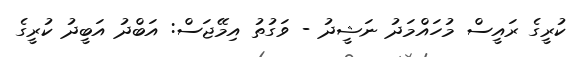
ކުރީގެ ރައީސް މުހައްމަދު ނަޝީދު - ވަގުތު އިމޭޖަސް: އަބްދު އަބީދު ކުރީގެ